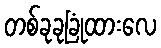
တစ်ခုခုခြုံထားလေ